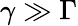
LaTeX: \gamma\gg\Gamma